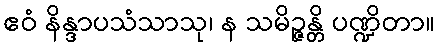
ဧဝံ နိန္ဒာပသံသာသု၊ န သမိဉ္ဇန္တိ ပဏ္ဍိတာ။